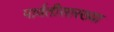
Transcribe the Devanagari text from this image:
पार्वतीसारख्या